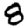
Digit: 8